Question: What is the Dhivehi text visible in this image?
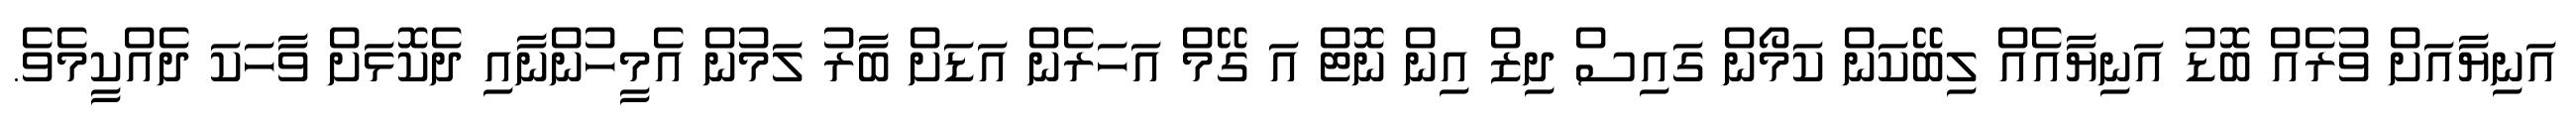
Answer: އަނިޔާއަށް ވުރެއް ބޮޑު އަނިޔާއެއް ލިބޭކަން ކަމޯން ގައިސް ދިޒް އިން ނޮޓް އަ ގޭމް އަހަރެން އަޑަށް ބާރު ލަމުން އެމީހުންނާއި ދެކޮޅަށް ވާހަކަ ދެއްކީމެވެ.